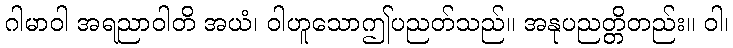
ဂါမာဝါ အရညာဝါတိ အယံ၊ ဝါဟူသောဤပညတ်သည်။ အနုပညတ္တိတည်း။ ဝါ၊